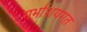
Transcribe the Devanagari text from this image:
गर्भाशयगत